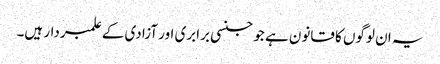
یہ ان لوگوں کا قانون ہے جو جنسی برابری اور آزادی کے علمبردار ہیں۔